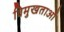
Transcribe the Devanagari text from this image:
विमुखताओं